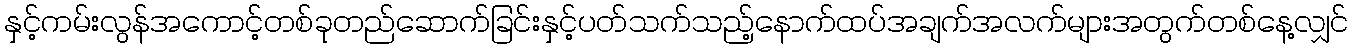
နှင့်ကမ်းလွန်အကောင့်တစ်ခုတည်ဆောက်ခြင်းနှင့်ပတ်သက်သည့်နောက်ထပ်အချက်အလက်များအတွက်တစ်နေ့လျှင်